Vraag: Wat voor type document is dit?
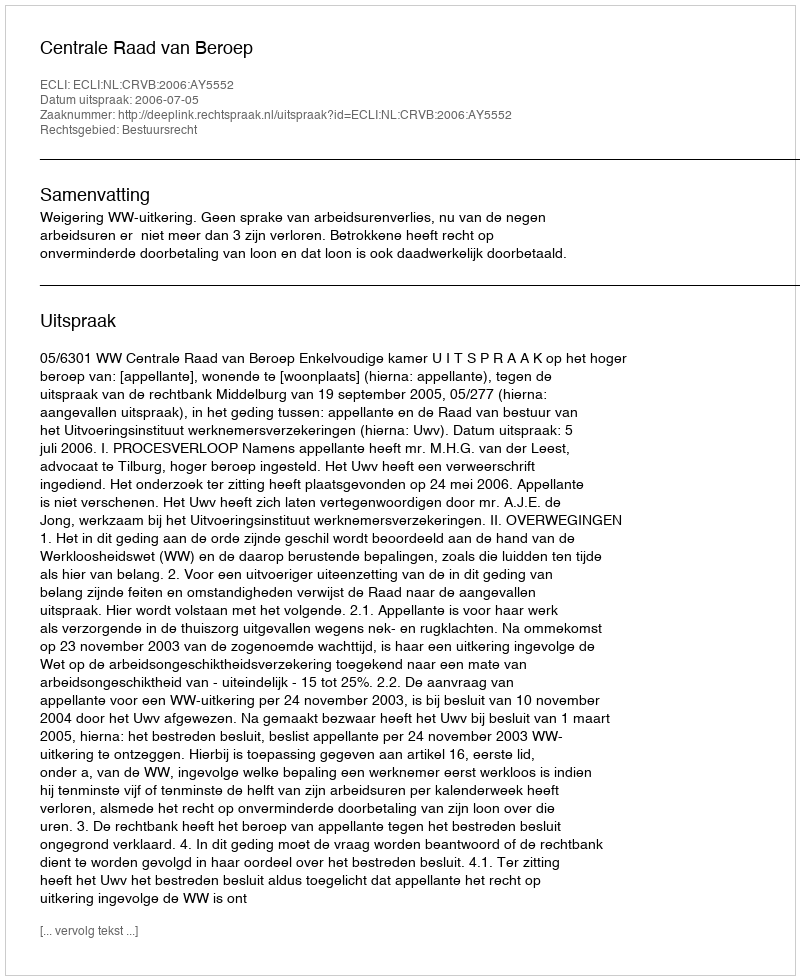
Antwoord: Uitspraak